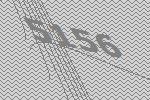
5156